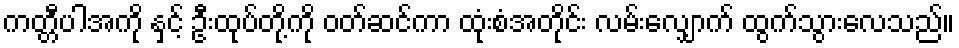
ကတ္တီပါအကို နှင့် ဦးထုပ်တို့ကို ဝတ်ဆင်ကာ ထုံးစံအတိုင်း လမ်းလျှောက် ထွက်သွားလေသည်။